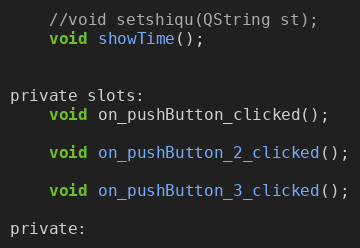
Language: C
    //void setshiqu(QString st);
    void showTime();

private slots:
    void on_pushButton_clicked();

    void on_pushButton_2_clicked();

    void on_pushButton_3_clicked();

private: